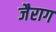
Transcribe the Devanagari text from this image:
जैराग